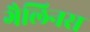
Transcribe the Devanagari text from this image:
गैलिनस